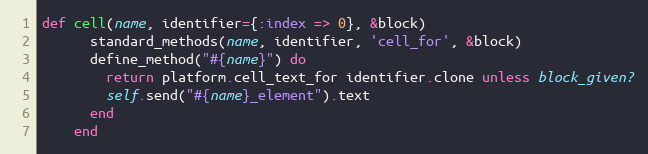
Language: Ruby
def cell(name, identifier={:index => 0}, &block)
      standard_methods(name, identifier, 'cell_for', &block)
      define_method("#{name}") do
        return platform.cell_text_for identifier.clone unless block_given?
        self.send("#{name}_element").text
      end
    end